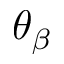
\theta _ { \beta }